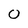
Character: 0